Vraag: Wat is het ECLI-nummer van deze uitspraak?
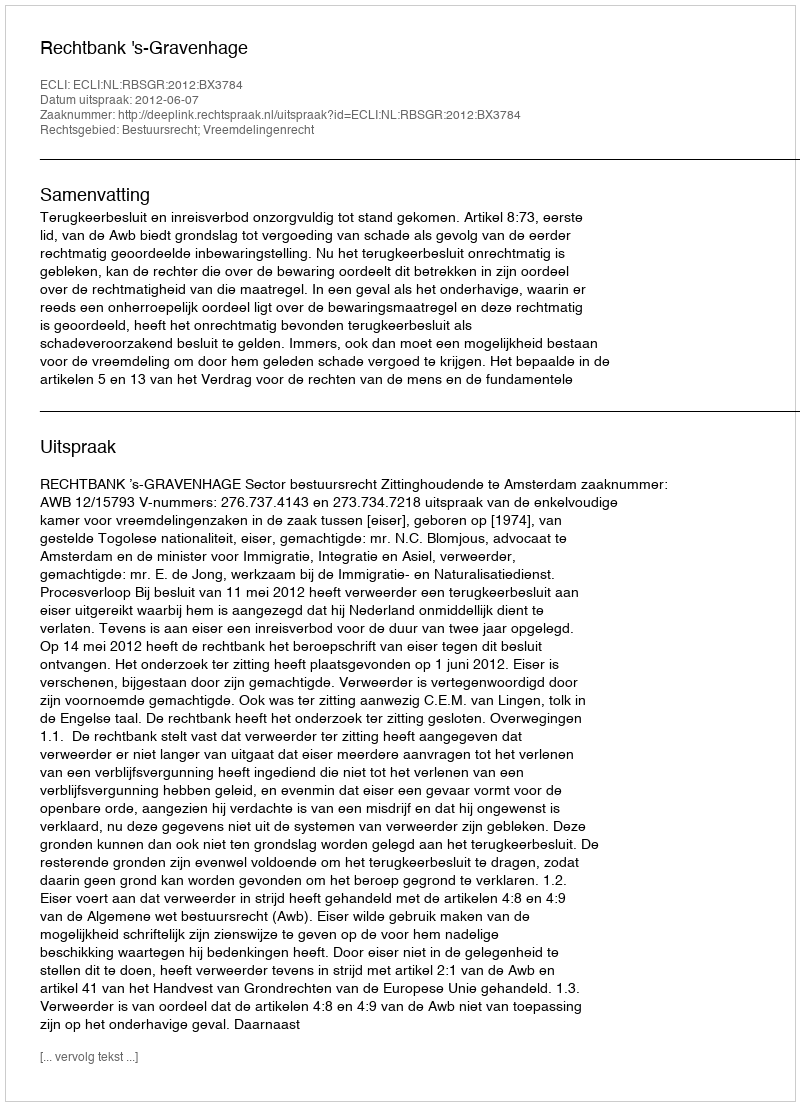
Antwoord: ECLI:NL:RBSGR:2012:BX3784